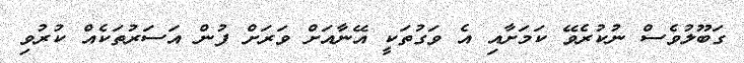
ގަބޫލުވެސް ނުކުރެވޭ ކަމަށާއި އެ ވަގުތަކީ އޭނާއަށް ވަރަށް ފުން އަސަރުތަކެއް ކުރުވި